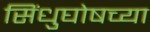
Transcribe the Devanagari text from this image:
सिंधुघोषच्या